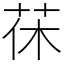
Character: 茠